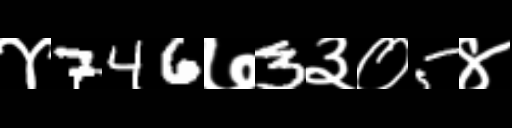
Text: ४746७3३०5४